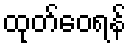
ထုတ်ဝေရန်